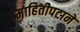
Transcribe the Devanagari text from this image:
माहितीपटाने